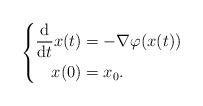
LaTeX: \begin{align*}\left\lbrace\begin{aligned}\dfrac{\mathrm{d}}{\mathrm{d} t}x(t) & = - \nabla \varphi(x(t)) \\x(0) & = x_0.\end{aligned}\right.\end{align*}